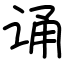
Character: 诵